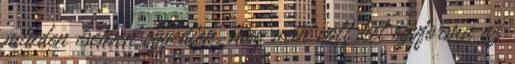
minden esetben egyediek, még nem volt két egyforma az